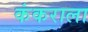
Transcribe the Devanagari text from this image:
कंकराला